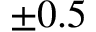
\pm 0 . 5